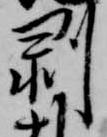
剥